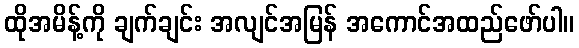
ထိုအမိန့်ကို ချက်ချင်း အလျင်အမြန် အကောင်အထည်ဖော်ပါ။